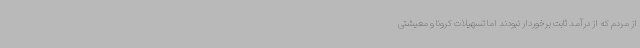
از مردم که از درآمد ثابت برخوردار نبودند اما تسهیلات کرونا و معیشتی